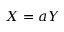
X = a Y